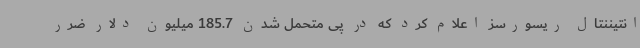
انتیننتال ریسورسز اعلام کرد که در پی متحمل شدن 185.7 میلیون دلار ضرر